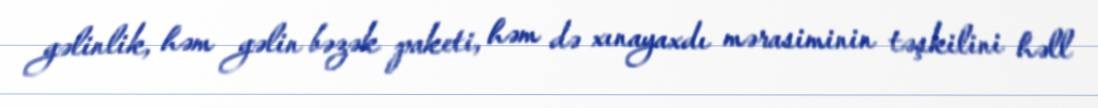
gəlinlik, həm gəlin bəzək paketi, həm də xınayaxdı mərasiminin təşkilini həll